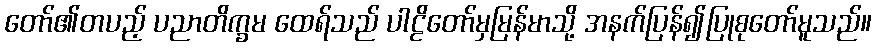
တော်၏တပည့် ပညာတိက္ခမ ထေရ်သည် ပါဠိတော်မှမြန်မာသို့ အနက်ပြန်၍ပြုစုတော်မူသည်။